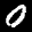
Label: 0